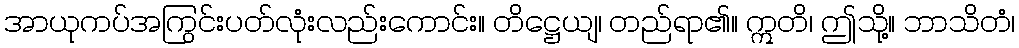
အာယုကပ်အကြွင်းပတ်လုံးလည်းကောင်း။ တိဋ္ဌေယျ၊ တည်ရာ၏။ ဣတိ၊ ဤသို့။ ဘာသိတံ၊